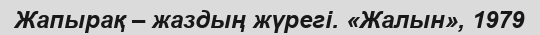
Жапырақ – жаздың жүрегі. «Жалын», 1979